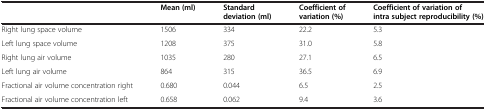
<table><thead><tr><td><b> </b></td><td><b>Mean (ml)</b></td><td><b>Standard deviation (ml)</b></td><td><b>Coefficient of variation (%)</b></td><td><b>Coefficient of variation of intra subject reproducibility (%)</b></td></tr></thead><tbody><tr><td>Right lung space volume</td><td>1506</td><td>334</td><td>22.2</td><td>5.3</td></tr><tr><td>Left lung space volume</td><td>1208</td><td>375</td><td>31.0</td><td>5.8</td></tr><tr><td>Right lung air volume</td><td>1035</td><td>280</td><td>27.1</td><td>6.5</td></tr><tr><td>Left lung air volume</td><td>864</td><td>315</td><td>36.5</td><td>6.9</td></tr><tr><td>Fractional air volume concentration right</td><td>0.680</td><td>0.044</td><td>6.5</td><td>2.5</td></tr><tr><td>Fractional air volume concentration left</td><td>0.658</td><td>0.062</td><td>9.4</td><td>3.6</td></tr></tbody></table>